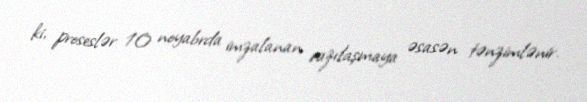
ki, proseslər 10 noyabrda imzalanan razılaşmaya əsasən tənzimlənir.